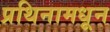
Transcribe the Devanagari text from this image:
प्रथिनामधून